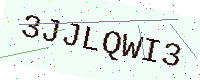
Text: 3JJLQWI3